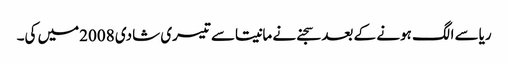
ریاسے الگ ہونے کے بعد سجنے نے مانیتاسے تیسری شادی 2008میں کی۔